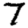
Digit: 7